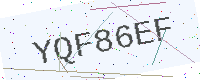
Text: YQF86EF